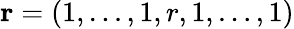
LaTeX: \mathbf{r}=\left(1,\ldots,1,r,1,\ldots,1\right)